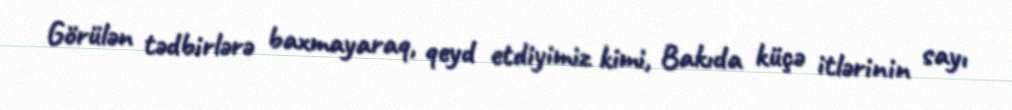
Görülən tədbirlərə baxmayaraq, qeyd etdiyimiz kimi, Bakıda küçə itlərinin sayı